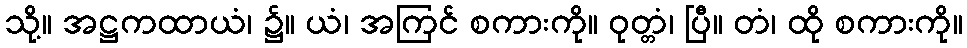
သို့။ အဋ္ဌကထာယံ၊ ၌။ ယံ၊ အကြင် စကားကို။ ဝုတ္တံ၊ ပြီ။ တံ၊ ထို စကားကို။